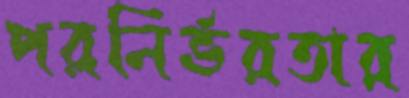
পরনির্ভরতার